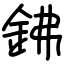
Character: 鉘